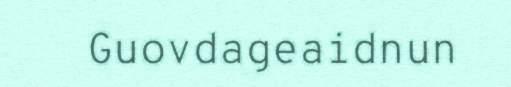
Guovdageaidnun